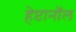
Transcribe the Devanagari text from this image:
हेप्टानॉल